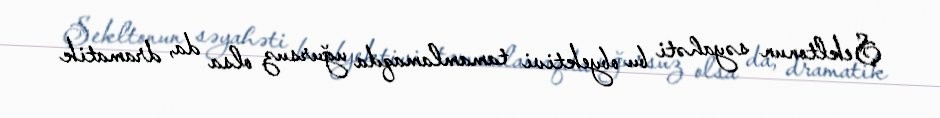
Şekltonun səyahəti bu obyektivi tamamlamaqda uğursuz olsa da, dramatik